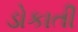
ડોકાતી